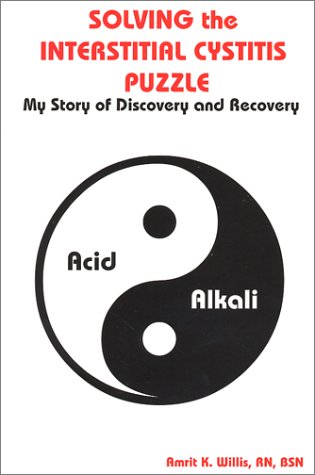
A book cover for Solving the Interstitial Cystitis Puzzle : My Story of Discovery and Recovery; Amrit K. Willis; Health, Fitness & Dieting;